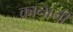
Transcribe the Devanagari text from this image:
कानानी